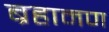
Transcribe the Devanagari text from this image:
ब्रहामण